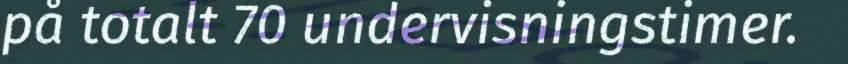
på totalt 70 undervisningstimer.